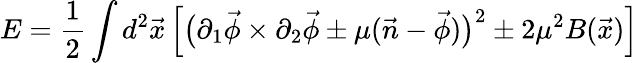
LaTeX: E={\frac{1}{2}}\int d^{2}\vec{x}\, \Bigl[\bigl(\partial_{1}\vec{\phi}\times\partial_{2}\vec{\phi}\pm\mu(\vec{n}-\vec{\phi})\bigr)^{2}\pm 2\mu^{2}B(\vec{x})\Bigr]